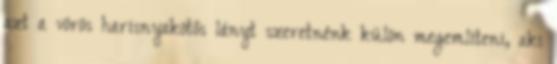
azt a vörös harisnyakötős lányt szeretnénk külön megemlíteni, aki